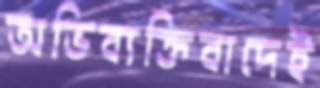
অভিব্যক্তিবাদেই